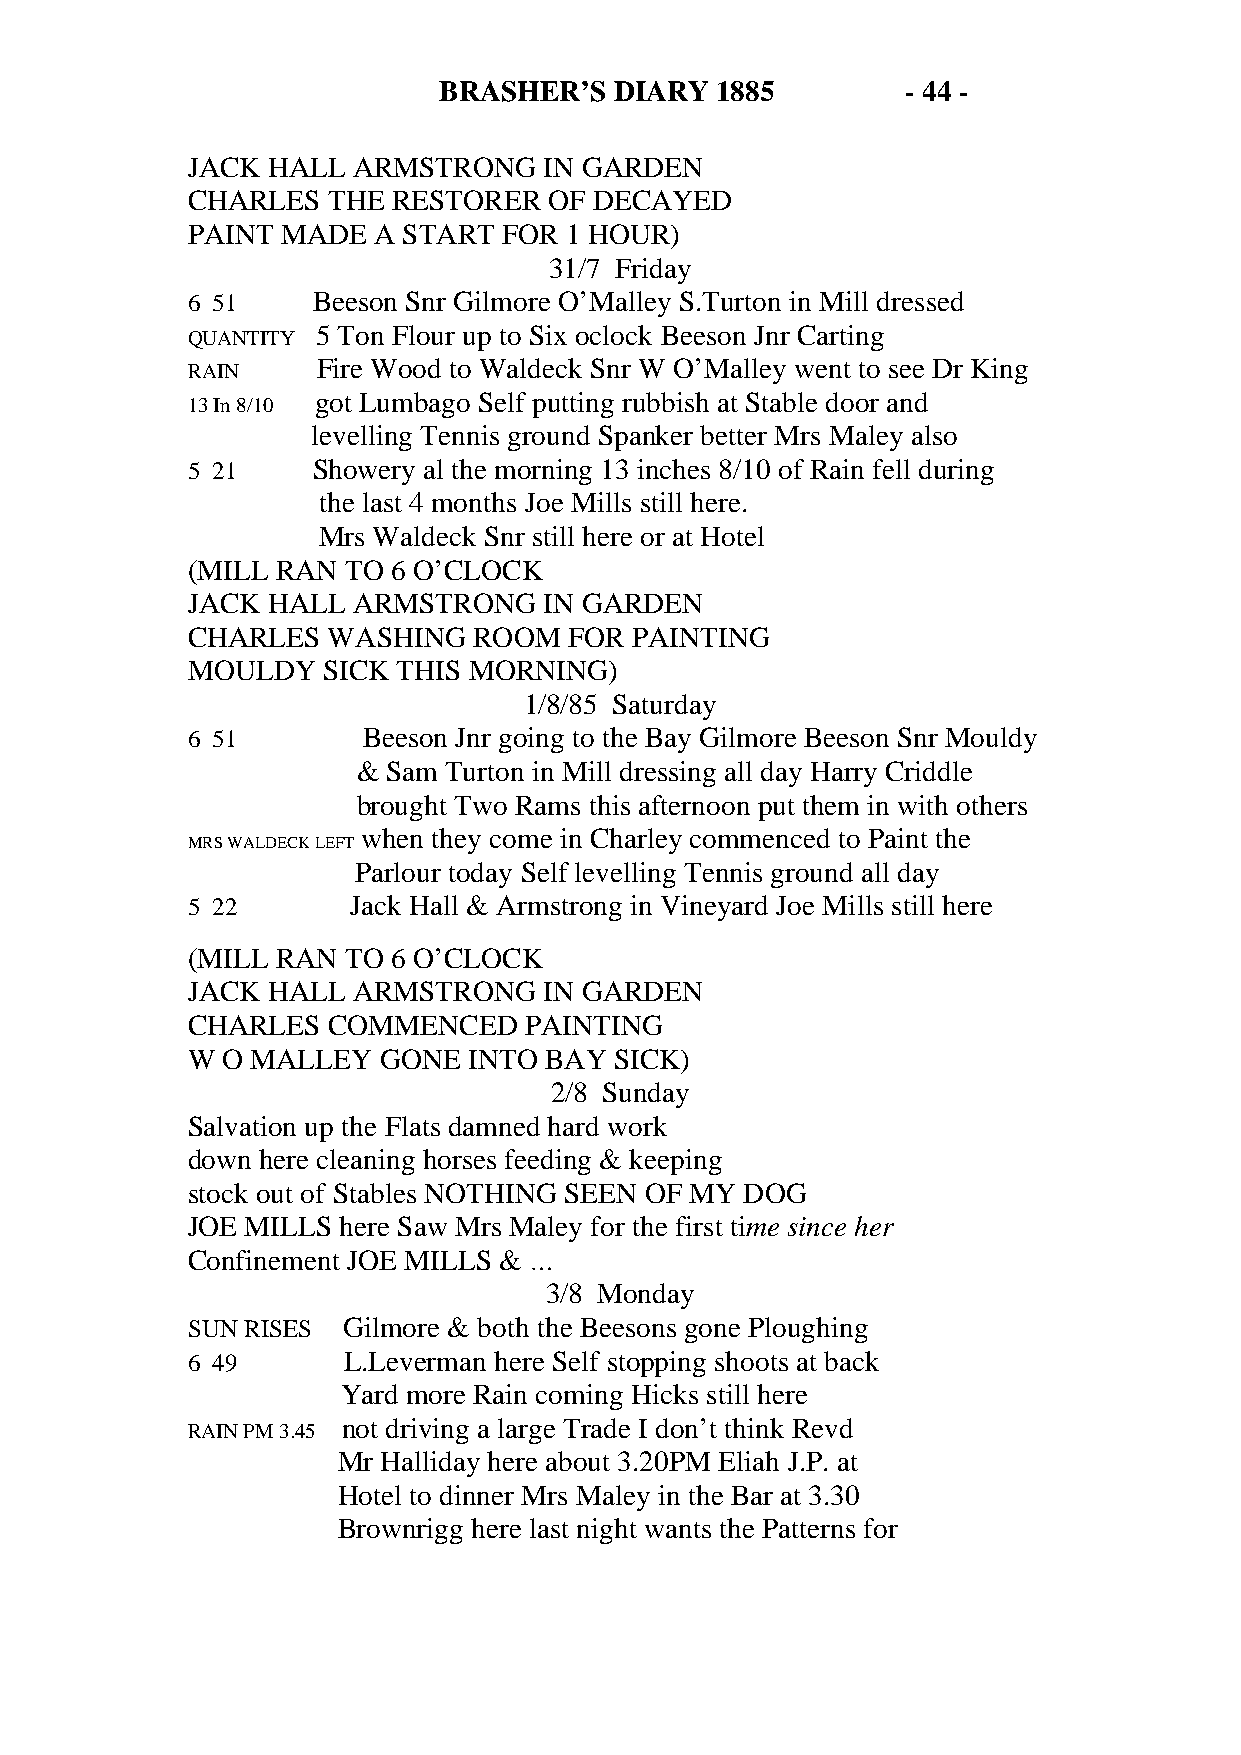
BRASHER’S   DIARY 1885         - 44 -
 JACK  HALL ARMSTRONG    IN GARDEN
 CHARLES   THE RESTORER  OF DECAYED
 PAINT  MADE  A START FOR 1 HOUR)
 31/7 Friday
 6 51     Beeson Snr Gilmore O’Malley S.Turton in Mill dressed
 5 Ton Flour up to Six oclock Beeson Jnr Carting
 QUANTITY
 Fire Wood to Waldeck Snr W O’Malley went to see Dr King
 RAIN
 got Lumbago Self putting rubbish at Stable door and
 13 In 8/10
 levelling Tennis ground Spanker better Mrs Maley also
 5 21     Showery al the morning 13 inches 8/10 of Rain fell during
 the last 4 months Joe Mills still here.
 Mrs Waldeck Snr still here or at Hotel
 (MILL RAN  TO 6 O’CLOCK
 JACK  HALL ARMSTRONG    IN GARDEN
 CHARLES   WASHING  ROOM   FOR PAINTING
 MOULDY   SICK THIS MORNING)
 1/8/85 Saturday
 6 51        Beeson Jnr going to the Bay Gilmore Beeson Snr Mouldy
 & Sam Turton in Mill dressing all day Harry Criddle
 brought Two Rams this afternoon put them in with others
 when they come in Charley commenced to Paint the
 MRS WALDECK LEFT
 Parlour today Self levelling Tennis ground all day
 5 22       Jack Hall & Armstrong in Vineyard Joe Mills still here
 (MILL RAN  TO 6 O’CLOCK
 JACK  HALL ARMSTRONG    IN GARDEN
 CHARLES   COMMENCED    PAINTING
 W  O MALLEY  GONE  INTO BAY  SICK)
 2/8 Sunday
 Salvation up the Flats damned hard work
 down here cleaning horses feeding & keeping
 stock out of Stables NOTHING SEEN OF MY DOG
 JOE MILLS here Saw Mrs Maley for the first time since her
 Confinement JOE MILLS & …
 3/8 Monday
 SUN RISES  Gilmore & both the Beesons gone Ploughing
 6 49       L.Leverman here Self stopping shoots at back
 Yard more Rain coming Hicks still here
 not driving a large Trade I don’t think Revd
 RAIN PM 3.45
 Mr Halliday here about 3.20PM Eliah J.P. at
 Hotel to dinner Mrs Maley in the Bar at 3.30
 Brownrigg here last night wants the Patterns for